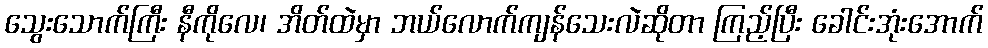
သွေးသောက်ကြီး နီကိုလေ၊ အိတ်ထဲမှာ ဘယ်လောက်ကျန်သေးလဲဆိုတာ ကြည့်ပြီး ခေါင်းအုံးအောက်